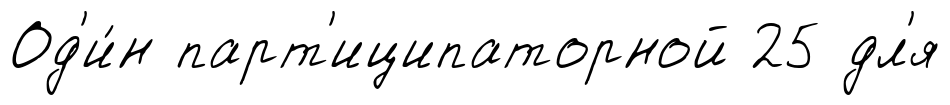
Од'и́н парт'иципаторной 25 дл'я